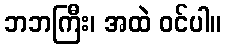
ဘဘကြီး၊ အထဲ ဝင်ပါ။